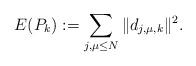
LaTeX: \begin{align*}E(P_{ k}):= \sum _{j,\mu \leq N} \| d_{j,\mu ,k} \| ^2.\end{align*}